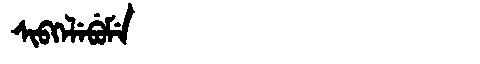
Manchu: ᠰᡳᠪᡴᡝᠯᡝᠪᡠᠮᡝ
Romanization: SIBKELEBUME